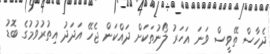
ދެހާސް ތޭވީސް ވަނަ އަހަރު ލޯނުތަކަށް ދައްކަން ޖެހޭ އަދަދު އިތުރުވުމުގެ ބޮޑު